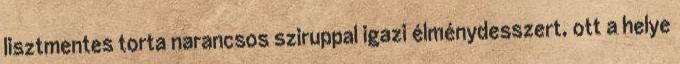
lisztmentes torta narancsos sziruppal igazi élménydesszert, ott a helye